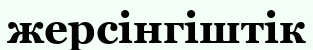
жерсінгіштік